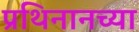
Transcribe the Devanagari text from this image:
प्रथिनानच्या